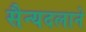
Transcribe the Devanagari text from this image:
सैन्यदलाने